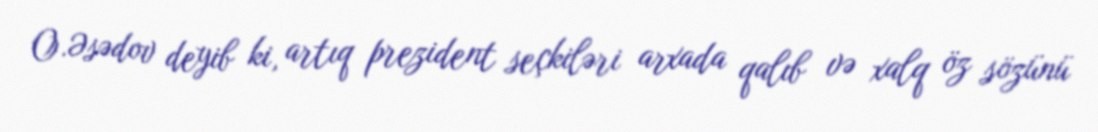
O.Əsədov deyib ki, artıq prezident seçkiləri arxada qalıb və xalq öz sözünü